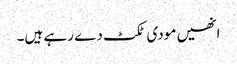
انھیں مودی ٹکٹ دے رہے ہیں۔